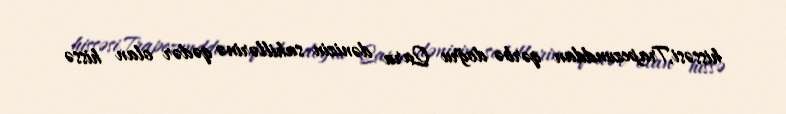
hissəsi,Trapezunddan qərbə doğru Qara dənizin sahillərinə qədər olan hissə